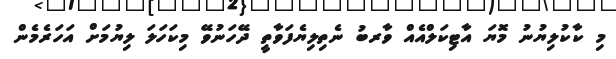
މި ކާކުލިޔުނު މޮޔަ އާޓިކަލްއެއް ވާރބު ނެތިލިޔެފަވާތީ ދޭހަނުވޭ މިކަހަލަ ލިޔުމަށް އަހަރެމެން